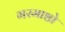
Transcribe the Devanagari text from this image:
गरमाष्ठो